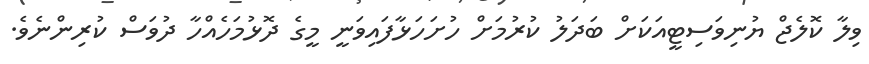
ވިލާ ކޮލެޖް ޔުނިވަސިޓީއަކަށް ބަދަލު ކުރުމަށް ހުށަހަޅާފައިވަނީ މީގެ ދޮޅުމަހެއްހާ ދުވަސް ކުރިންނެވެ.